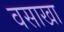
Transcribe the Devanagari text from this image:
वसाखा